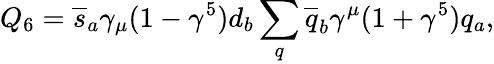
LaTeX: Q_{6}=\overline{{{s}}}_{a}\gamma_{\mu}(1-\gamma^{5})d_{b}\sum_{q}\overline{{{q}}}_{b}\gamma^{\mu}(1+\gamma^{5})q_{a},